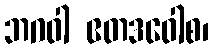
ဘဂဝါ ဧတဒဝေါစ၊